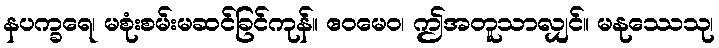
နပက္ခရေ၊ မစုံးစမ်းမဆင်ခြင်ကုန်။ ဧဝမေဝ၊ ဤအတူသာလျှင်။ မနုဿေသု၊